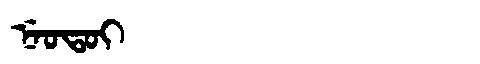
Manchu: ᠨᡝᠣᡨᠣᡳ
Romanization: NEOTOI